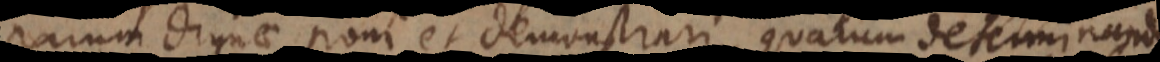
parum dignae poni et demonstrari, quarum determinanda